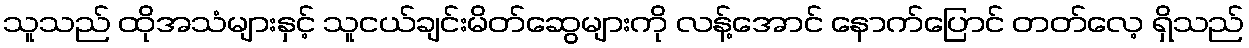
သူသည် ထိုအသံများနှင့် သူငယ်ချင်းမိတ်ဆွေများကို လန့်အောင် နောက်ပြောင် တတ်လေ့ ရှိသည်